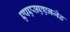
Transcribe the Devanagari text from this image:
एपएसएएनजेड